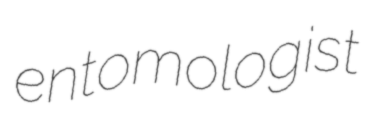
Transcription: entomologist